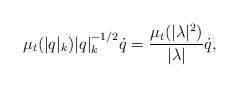
LaTeX: \begin{align*}\mu_t(|q|_k)|q|_k^{-1/2}\dot q = \frac{\mu_t(|\lambda|^2)}{|\lambda|} \dot q,\end{align*}